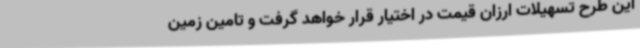
این طرح تسهیلات ارزان قیمت در اختیار قرار خواهد گرفت و تامین زمین